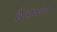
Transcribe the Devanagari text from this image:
है।२०११